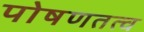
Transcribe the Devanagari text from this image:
पोषणतत्व